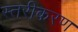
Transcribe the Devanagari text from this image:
स्‍तरीकरण